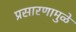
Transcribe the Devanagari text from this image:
प्रसारणामुळे